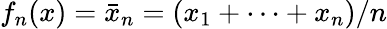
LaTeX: f_{n}(x)={\bar{x}}_{n}=(x_{1}+\cdots+x_{n})/n